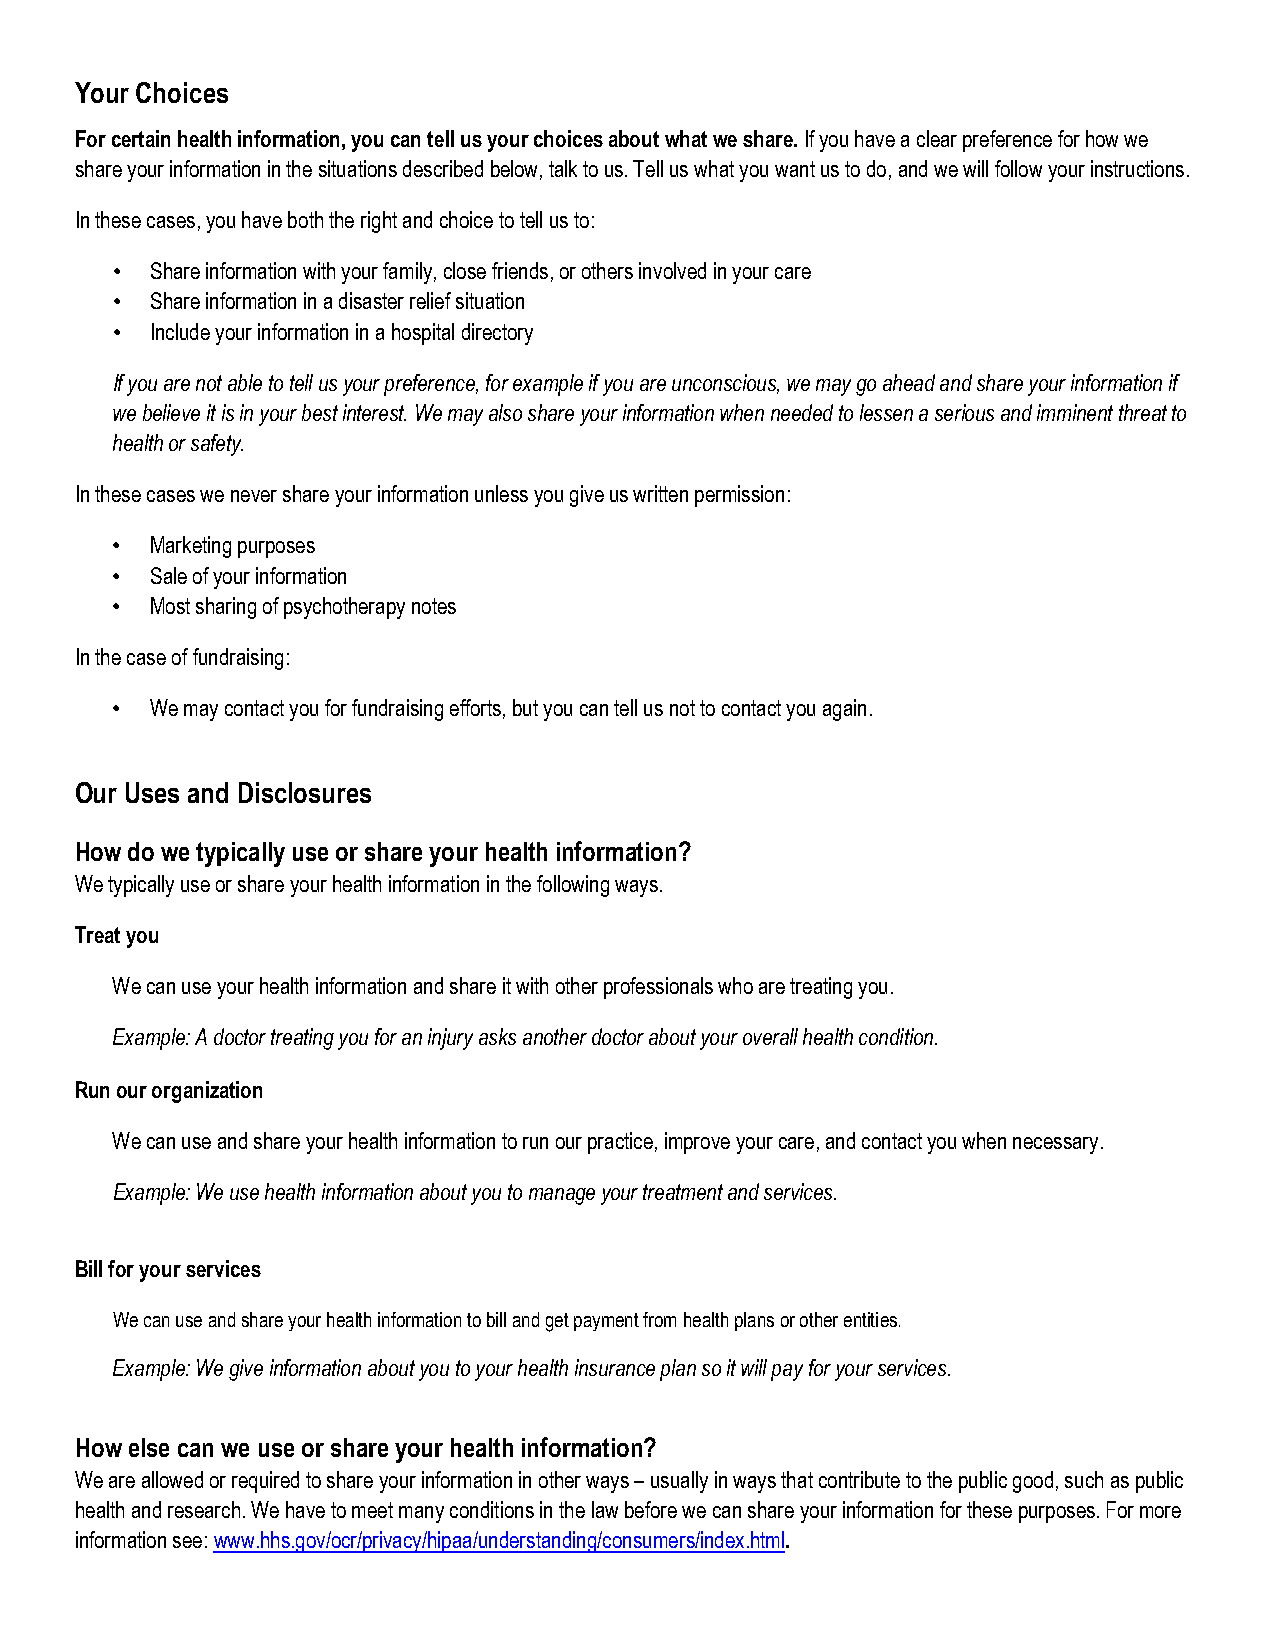
Your Choices
 For certain health information, you can tell us your choices about what we share. If you have a clear preference for how we
 share your information in the situations described below, talk to us. Tell us what you want us to do, and we will follow your instructions.
 In these cases, you have both the right and choice to tell us to:
 •  Share information with your family, close friends, or others involved in your care
 •  Share information in a disaster relief situation
 •  Include your information in a hospital directory
 If you are not able to tell us your preference, for example if you are unconscious, we may go ahead and share your information if
 we believe it is in your best interest. We may also share your information when needed to lessen a serious and imminent threat to
 health or safety.
 In these cases we never share your information unless you give us written permission:
 •  Marketing purposes
 •  Sale of your information
 •  Most sharing of psychotherapy notes
 In the case of fundraising:
 •  We may contact you for fundraising efforts, but you can tell us not to contact you again.
 Our Uses and Disclosures
 How do we typically use or share your health information?
 We typically use or share your health information in the following ways.
 Treat you
 We can use your health information and share it with other professionals who are treating you.
 Example: A doctor treating you for an injury asks another doctor about your overall health condition.
 Run our organization
 We can use and share your health information to run our practice, improve your care, and contact you when necessary.
 Example: We use health information about you to manage your treatment and services.
 Bill for your services
 We can use and share your health information to bill and get payment from health plans or other entities.
 Example: We give information about you to your health insurance plan so it will pay for your services.
 How else can we use or share your health information?
 We are allowed or required to share your information in other ways – usually in ways that contribute to the public good, such as public
 health and research. We have to meet many conditions in the law before we can share your information for these purposes. For more
 information see: www.hhs.gov/ocr/privacy/hipaa/understanding/consumers/index.html.